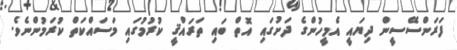
ފަރަންސޭސީން ދިޔައީ އެމީހުންގެ ދަށުގައި އޮތް ބައި ތަރައްޤީ ކުރުމުގައި މަސައްކަތް ކުރަމުންނެވެ.